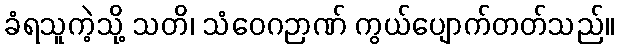
ခံရသူကဲ့သို့ သတိ၊ သံဝေဂဉာဏ် ကွယ်ပျောက်တတ်သည်။